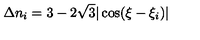
\Delta n _ { i } = 3 - 2 \sqrt { 3 } | \cos ( \xi - \xi _ { i } ) |